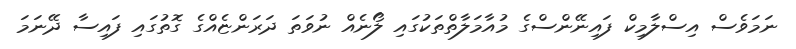
ނަމަވެސް އިސްލާމިކް ފައިނޭންސްގެ މުއާމަލާތްތަކުގައި ލޯނެއް ނުވަތަ ދަރަންޏެއްގެ ގޮތުގައި ފައިސާ ދޭނަމަ